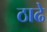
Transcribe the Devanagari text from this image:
ठाढे